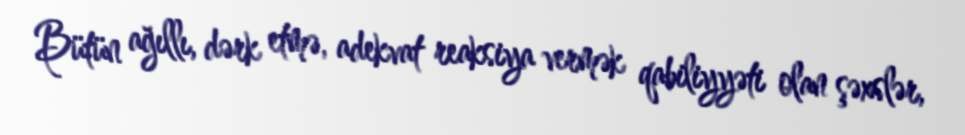
Bütün ağıllı, dərk etmə, adekvat reaksiya vermək qabiliyyəti olan şəxslər,